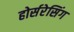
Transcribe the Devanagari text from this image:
होर्सरेसिंग